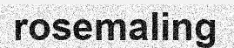
rosemaling